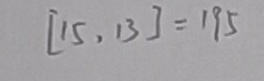
[ 1 5 , 1 3 ] = 1 9 5